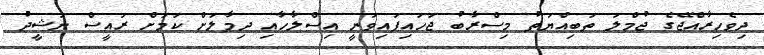
ދިވެހިރާއްޖޭގެ ޖުމްލަ ތަބިއްޔަތު މިސްރާބު ޖަހައިފައިވަނީ އިސްލާހާއި ދިމާލަށް ކަމަށް ރައީސް ނަޝީދު